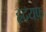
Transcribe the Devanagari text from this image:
हृदयफ़